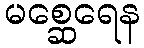
မစ္ဆေရေန